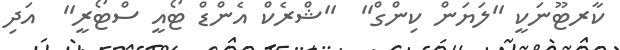
ކާރޓޫނަކީ ''ލަޔަން ކިންގް''  ''ޝްރެކް އެންޑް ޓޯއީ ސްޓޯރީ''  އަދި